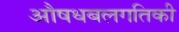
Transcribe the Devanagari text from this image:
औषधबलगतिकी